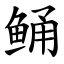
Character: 鲬